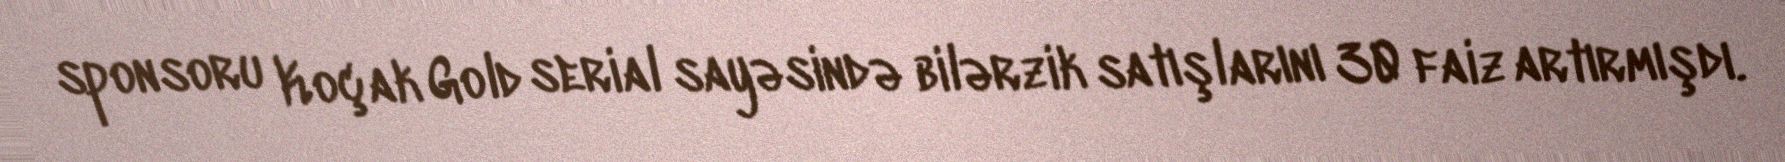
sponsoru Koçak Gold serial sayəsində bilərzik satışlarını 30 faiz artırmışdı.